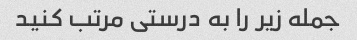
جمله زیر را به درستی مرتب کنید